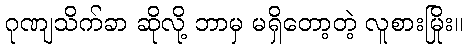
ဂုဏျသိက်ခာ ဆိုလို့ ဘာမှ မရှိတော့တဲ့ လူစားမြိုး။